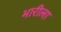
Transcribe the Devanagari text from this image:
भारीला